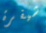
شيفرة